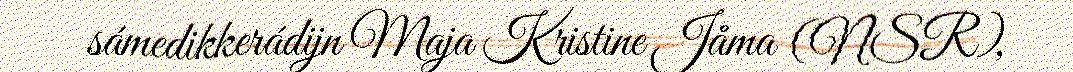
sámedikkerádijn Maja Kristine Jåma (NSR),